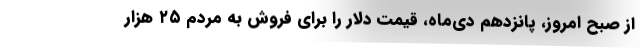
از صبح امروز، پانزدهم دی‌ماه، قیمت دلار را برای فروش به مردم ۲۵ هزار